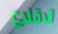
الاقلاع